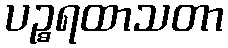
ပဉ္စရထာသတာ